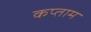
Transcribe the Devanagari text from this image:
कप्ताम